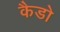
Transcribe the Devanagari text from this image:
कैडो